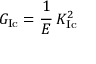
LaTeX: G _ { \mathrm { { I c } } } = { \cfrac { 1 } { E } } ~ K _ { \mathrm { { I c } } } ^ { 2 }